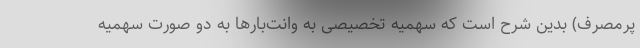
پرمصرف) بدین شرح است که سهمیه تخصیصی به وانت‌بارها به دو صورت سهمیه